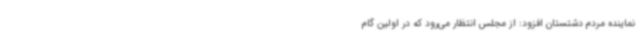
نماینده مردم دشتستان افزود: از مجلس انتظار می‌رود که در اولین گام